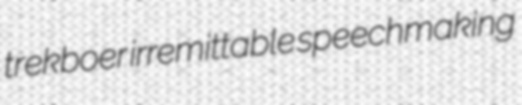
trekboer irremittable speechmaking